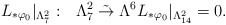
\begin{gather*}L_{\ast \varphi_{0}} |_{\Lambda_{7}^{2}}: \ \ \Lambda_{7}^{2}\; \tilde{\rightarrow}\; \Lambda^{6}L_{\ast \varphi_{0}}|_{\Lambda_{14}^{2}}=0.\end{gather*}